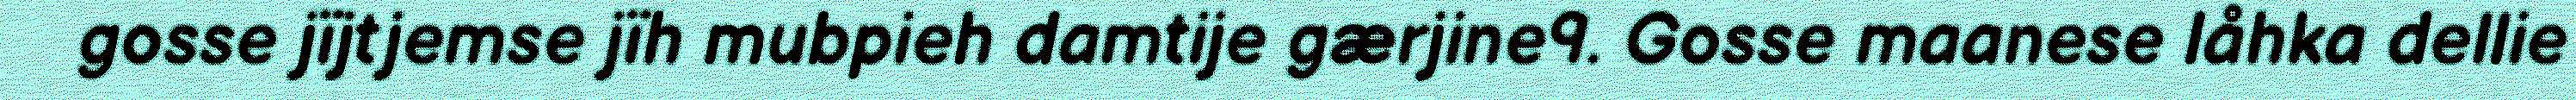
gosse jïjtjemse jïh mubpieh damtije gærjine9. Gosse maanese låhka dellie